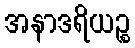
အနာဒရိယဉ္စ